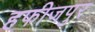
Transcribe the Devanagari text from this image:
हफीजपुर